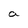
Character: a